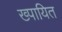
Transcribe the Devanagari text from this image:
ख्पायित